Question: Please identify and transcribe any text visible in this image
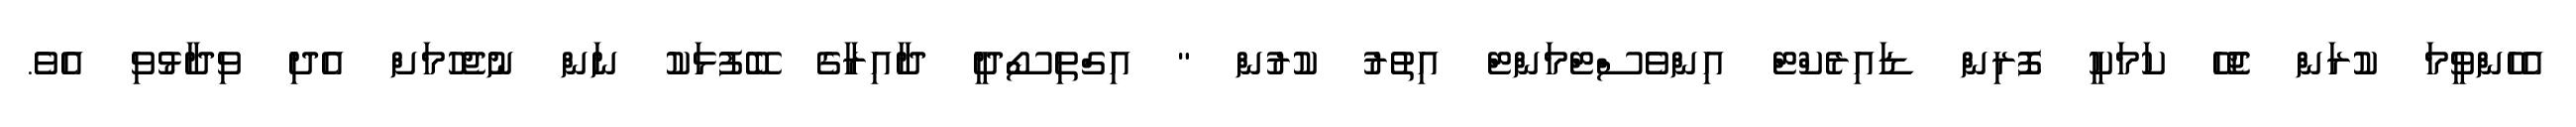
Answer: އެހެންވީމަ ކުރަން ޖެހޭ ކަމަކީ ފޮރިން ޑައިރެކްޓް އިންވެސްޓްމަންޓް އިތުރު ކުރުން " އިގްތިސޯދީ ދާއިރާގެ ބޭފުޅަކު ނަން ނުޖެހުމަށް އެދި ވިދާޅުވި އެވެ.